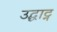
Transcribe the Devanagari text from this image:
उद्घाट्न